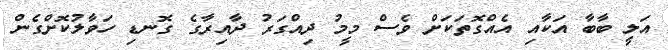
އަލީ ބާބާ އަކާއި އެއްގޮތަކަށް ވެސް މީމު ދިއްގަރު ދާއިރާގެ ގޮނޑި ހަވާލުކޮށްގެން